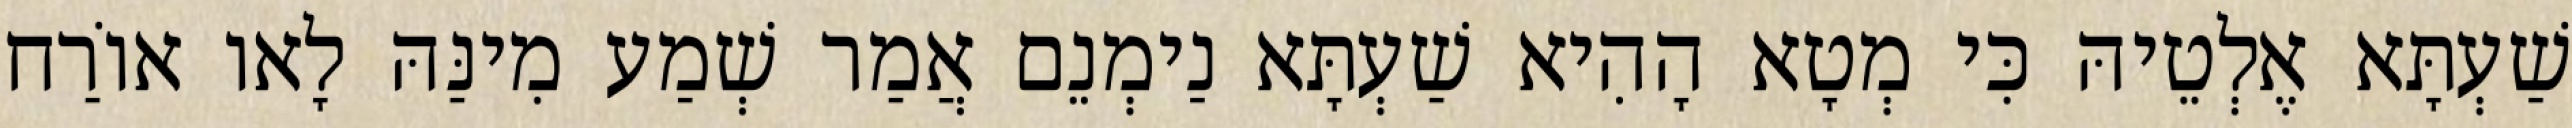
שַׁעְתָּא אֶלְטֵיהּ כִּי מְטָא הָהִיא שַׁעְתָּא נַימְנֵם אֲמַר שְׁמַע מִינַּהּ לָאו אוֹרַח